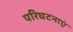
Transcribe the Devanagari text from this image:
परिघटनाएं